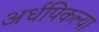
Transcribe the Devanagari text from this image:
अर्धपिकल्या